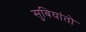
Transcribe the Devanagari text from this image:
सुबियांतो